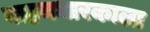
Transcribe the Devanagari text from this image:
वाहनधारकाला